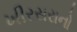
ખીરસરાનો